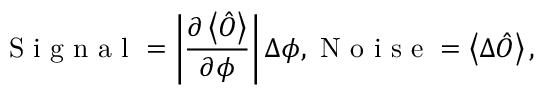
\mathrm { ~ S ~ i ~ g ~ n ~ a ~ l ~ } = \left\vert \frac { \partial \left\langle \hat { O } \right\rangle } { \partial \phi } \right\vert \Delta \phi , \mathrm { ~ N ~ o ~ i ~ s ~ e ~ } = \left\langle \Delta \hat { O } \right\rangle ,